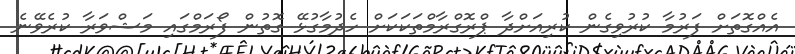
އެއްގޮތަށް ފަރުމާ ކުރުވިގެން ކުރިއަށްދާ ޕްރޮގްރާމްތަކަކަށް ހެދުމާގުޅޭ ގޮތުން ފޯރަމްގައި މަޝްވަރާ ކުރެވޭނެ